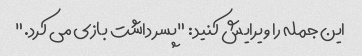
این جمله را ویرایش کنید: "پسر داشت بازی می کرد."